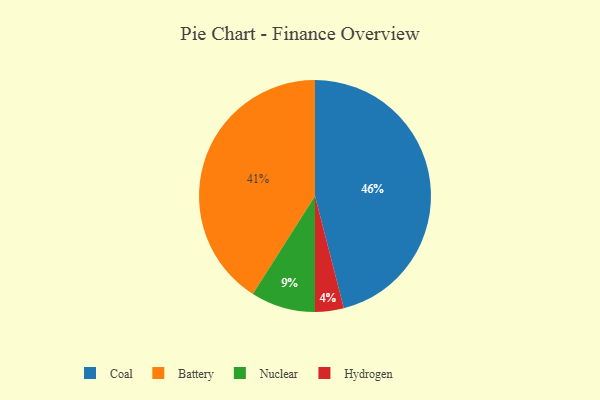
{"axis": {"x": "Category", "y": "Percentage"}, "legend": ["Battery", "Coal", "Hydrogen", "Nuclear"], "data": [{"x": "Coal", "y": 46, "type": "Coal"}, {"x": "Hydrogen", "y": 4, "type": "Hydrogen"}, {"x": "Battery", "y": 41, "type": "Battery"}, {"x": "Nuclear", "y": 9, "type": "Nuclear"}]}